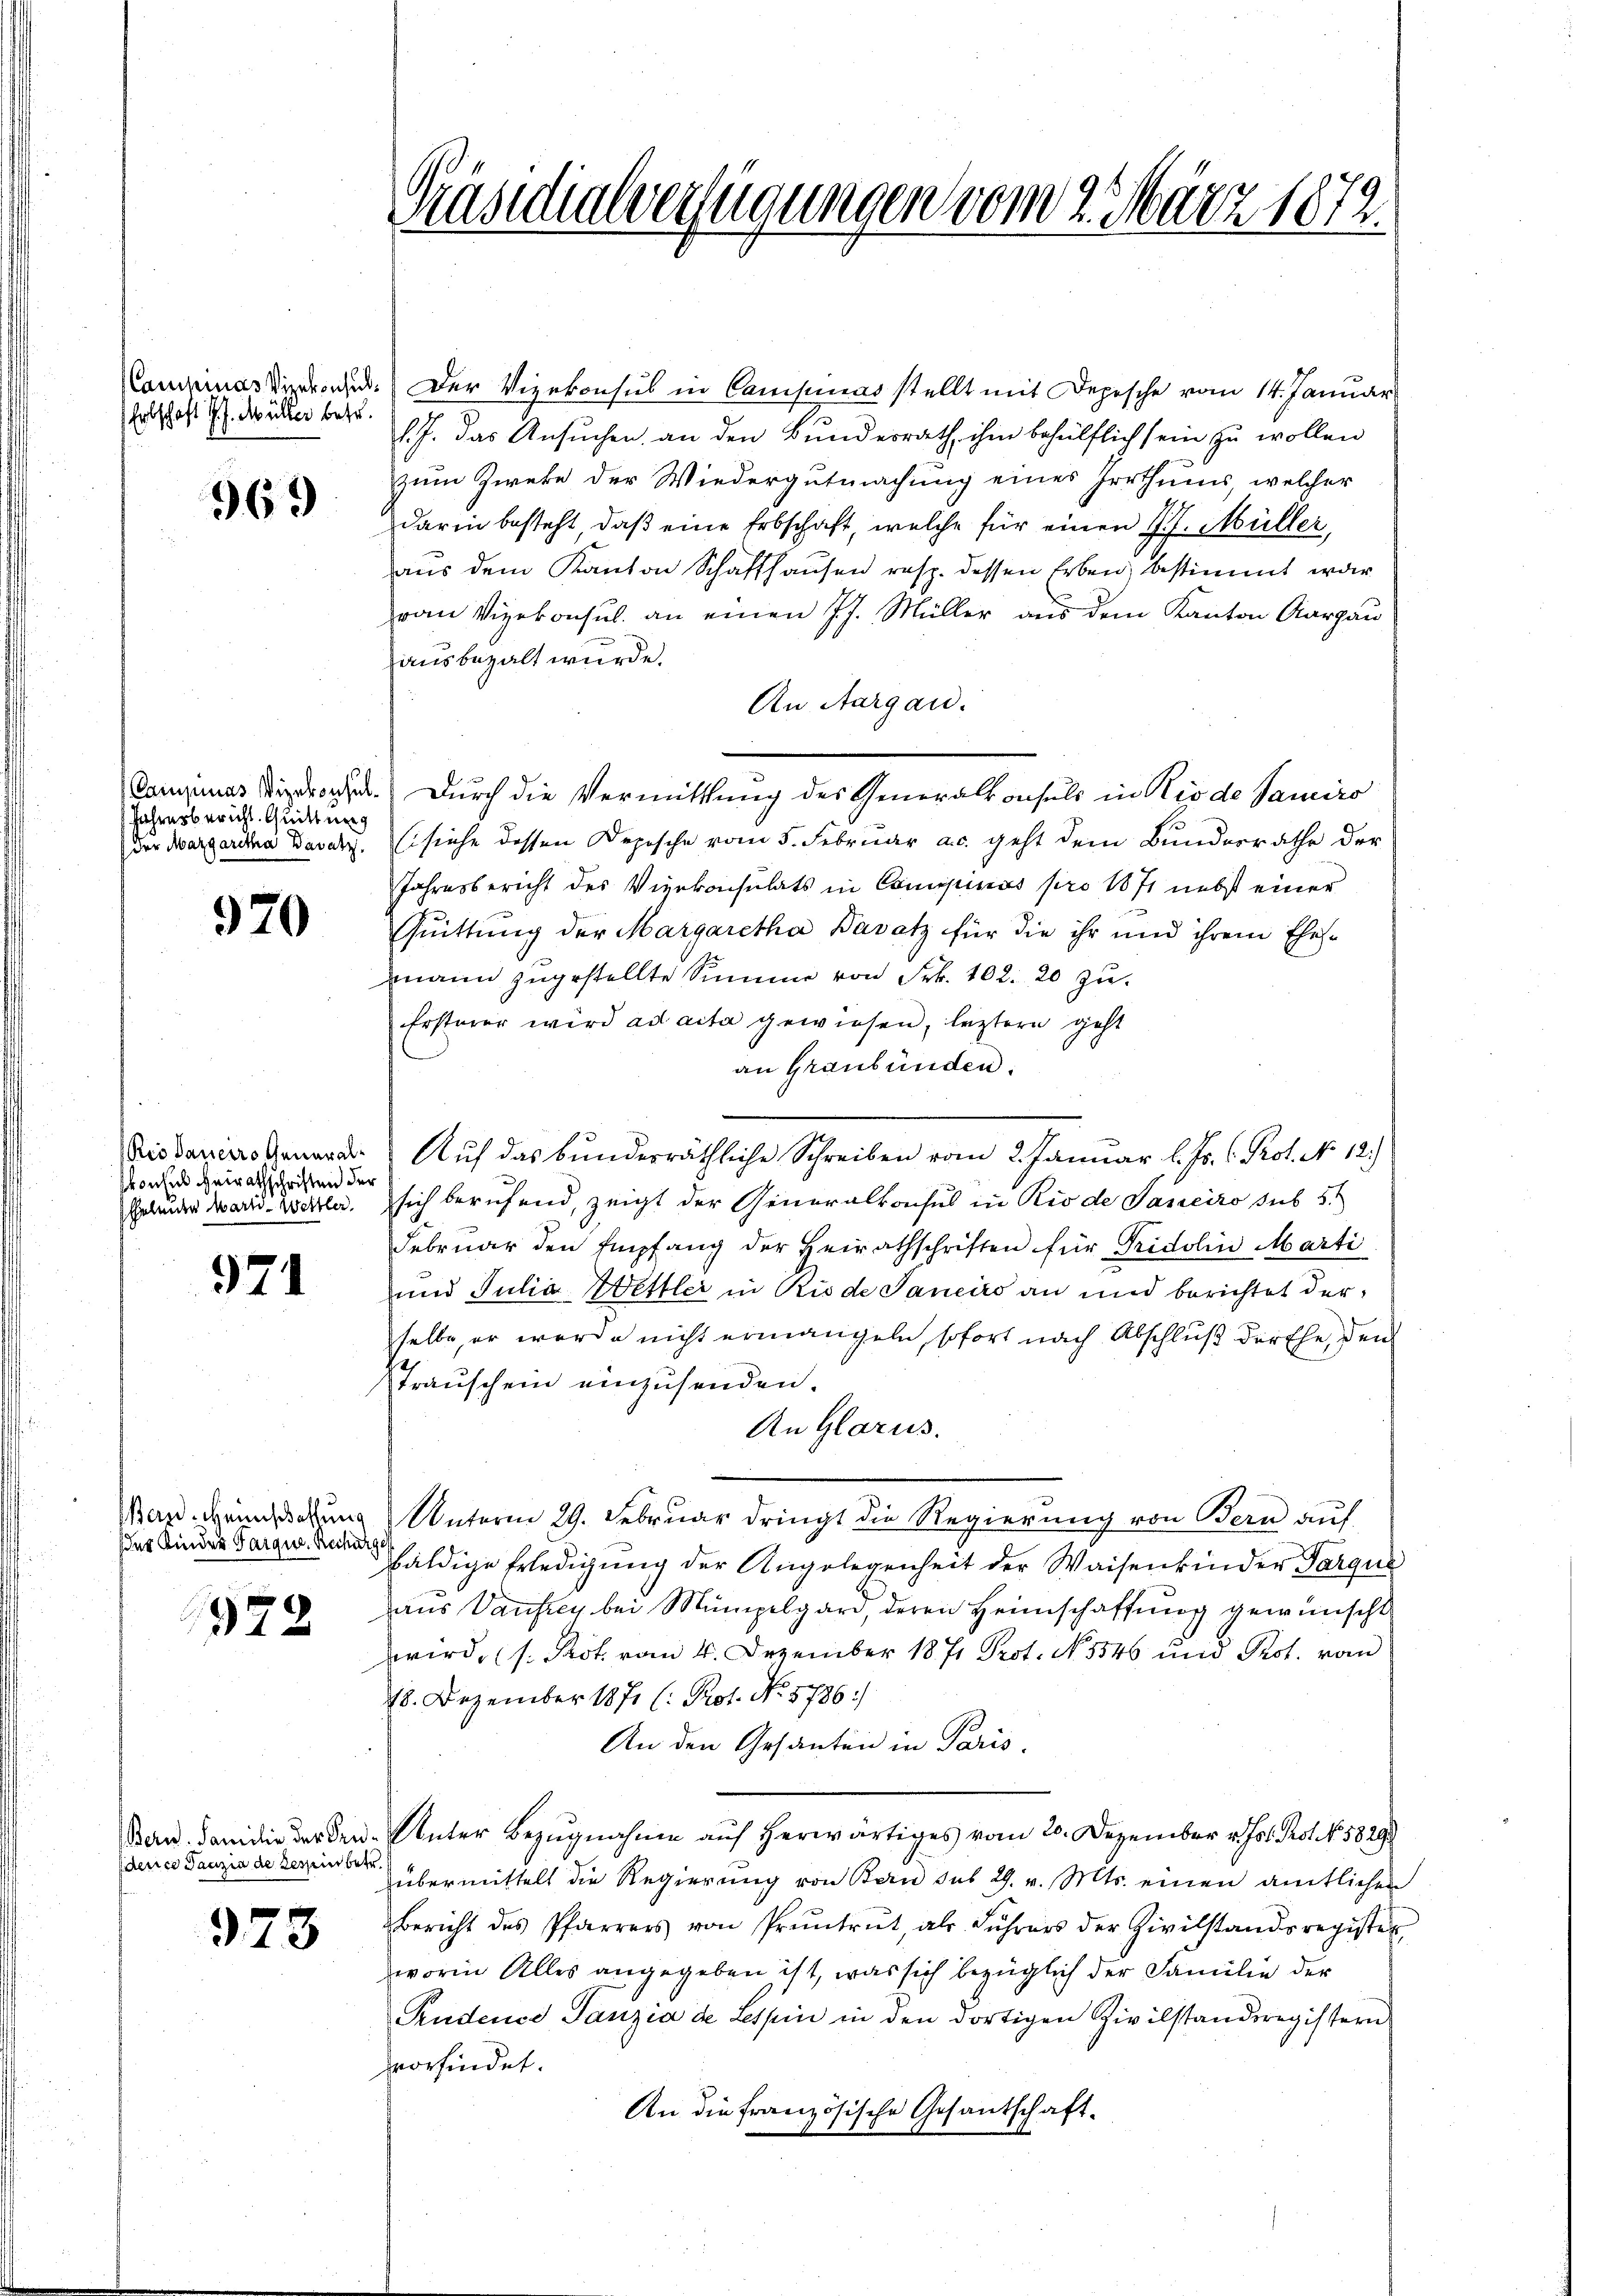
Erbschaft d. J. Müller betr.

969

Jahresbericht. Quittung
der Margaretha Bavatz.

970

Rio daneiro Generalkonsul Heirathschriften der

971

Bern. Heimschaftung
(der Kinder Parque. Recht

979

dence Tanzia de Tessin betr.

973

Präsidialverfügungen vom 2. März 1872.

ammines Dir. Der Vizekonsul in Campinas stellt mit Depesche vom 14. Januar
l. J. das Ansuchen, an den Bundesrath, ihm behülflich sein zu wollen
zum Zweke der Wiedergutmachung eines Irrthums, welcher
darin besteht, daβ eine Erbschaft, welche für einen J. J. Müller,
aus dem Kanton Schaffhausen resp. dessen Erben bestimmt war
van Vizekonsul. an einen J. J. Müller aus dem Kanton Aargau
ausbezalt wurde.
An Aargau.
Canimas Kirch. Durch die Vermittlung des Generalkonsuls in Kinde Samiro
(siehe dessen Depische vom 5. Februar a.c. geht dem Bundesrathe der
Jahresbericht des Vizekonsulats in Comipinus pro 1871 nebst einer
Quittung der Margaretha Bavatz für die ihr und ihrem Ehes
mann zugestellte Summe von Frk. 102. 20 zu.
Ersterer wird ad acta gewiesen, leztern geht
an Graubünden.
Auf das bunderräthliche Schreiben vom 2. Januar l. Js. C. Prof. No. 12.
Gelder Ward Wettler. sich berufend, zeigt der Generalkoches in Rio de Janeiro sub 5
Februar den Empfang der Heirathschriften für Fridolin Marti
und Julia Wettler in Riode Janeiro an und berichtet der
selbe, er werde nicht ermangeln, sofort nach Abschluß dürfe, den
Trauschein einzusenden.
An Glarus.
Unterm 29. Februar dringt die Regierung von Bern auf
huldige Erledigung der Angelegenheit der Waisenkinder Sargus
aus Vanfrey bei Mumpelgar, deren Heimschaffung gewünscht
wird (s. Prot. vom 4. Dezember 1871 Prot. No 1546 und Prot. von
48. Dezember 1871 (: Prof. No. 5786)
An den Gesanten in Paris.
San. Janidio der Sen-Unter Bezugnahme auf herwärtiges vom 20. Dezember v. Jos. Prot. No. 1829
übermittelt die Regierung von Bau sub 29. v. Mts. einen amtlichen
Bericht des Pfarrers von Pruntrut, als Führers der Zivilstandsregister
worin Alles angegeben ist, was sich bezüglich der Familie der
Pudenes Tanzia de Tessin in den dortigen Zivilstandsregistern
vorfindet.
An die Französische Gesantschaft-